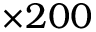
\times 2 0 0